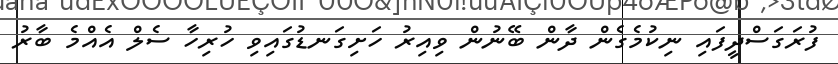
ފުރަގަސްދީފައި ނިކުމެގެން ދާން ބޭނުން ވިއިރު ހަށިގަނޑުގައިވި ހުރިހާ ސެލް އެއްމެ ބާރު